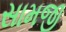
સામજી